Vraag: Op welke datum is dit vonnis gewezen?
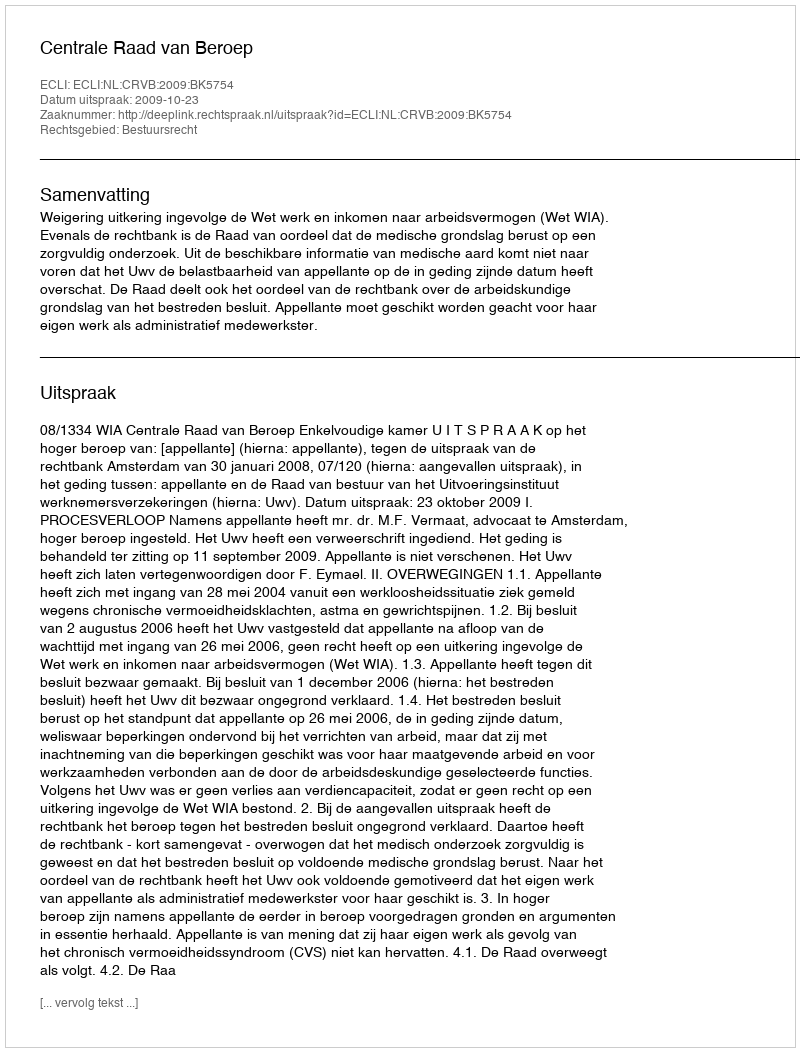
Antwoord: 2009-10-23